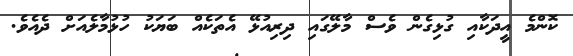
ކޮންމެ އީދަކާއި ގުޅިގެން ވެސް މާލޭގައި ދިރިއުޅޭ އެތަކެއް ބަޔަކު ހުޅުމާލެއަށް ދެއެވެ.